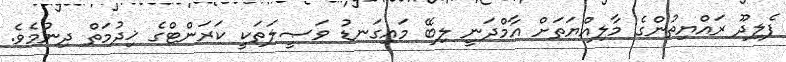
ފެލިދޫ ރައްޔިތުންގެ މާލިއްޔަތަށް އާމްދަނީ ލިބޭ މައިގަނޑު ވަޞީލަތަކީ ކަރަންޓްގެ ޚިދުމަތް ދިނުމެވެ.